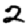
Digit: 2